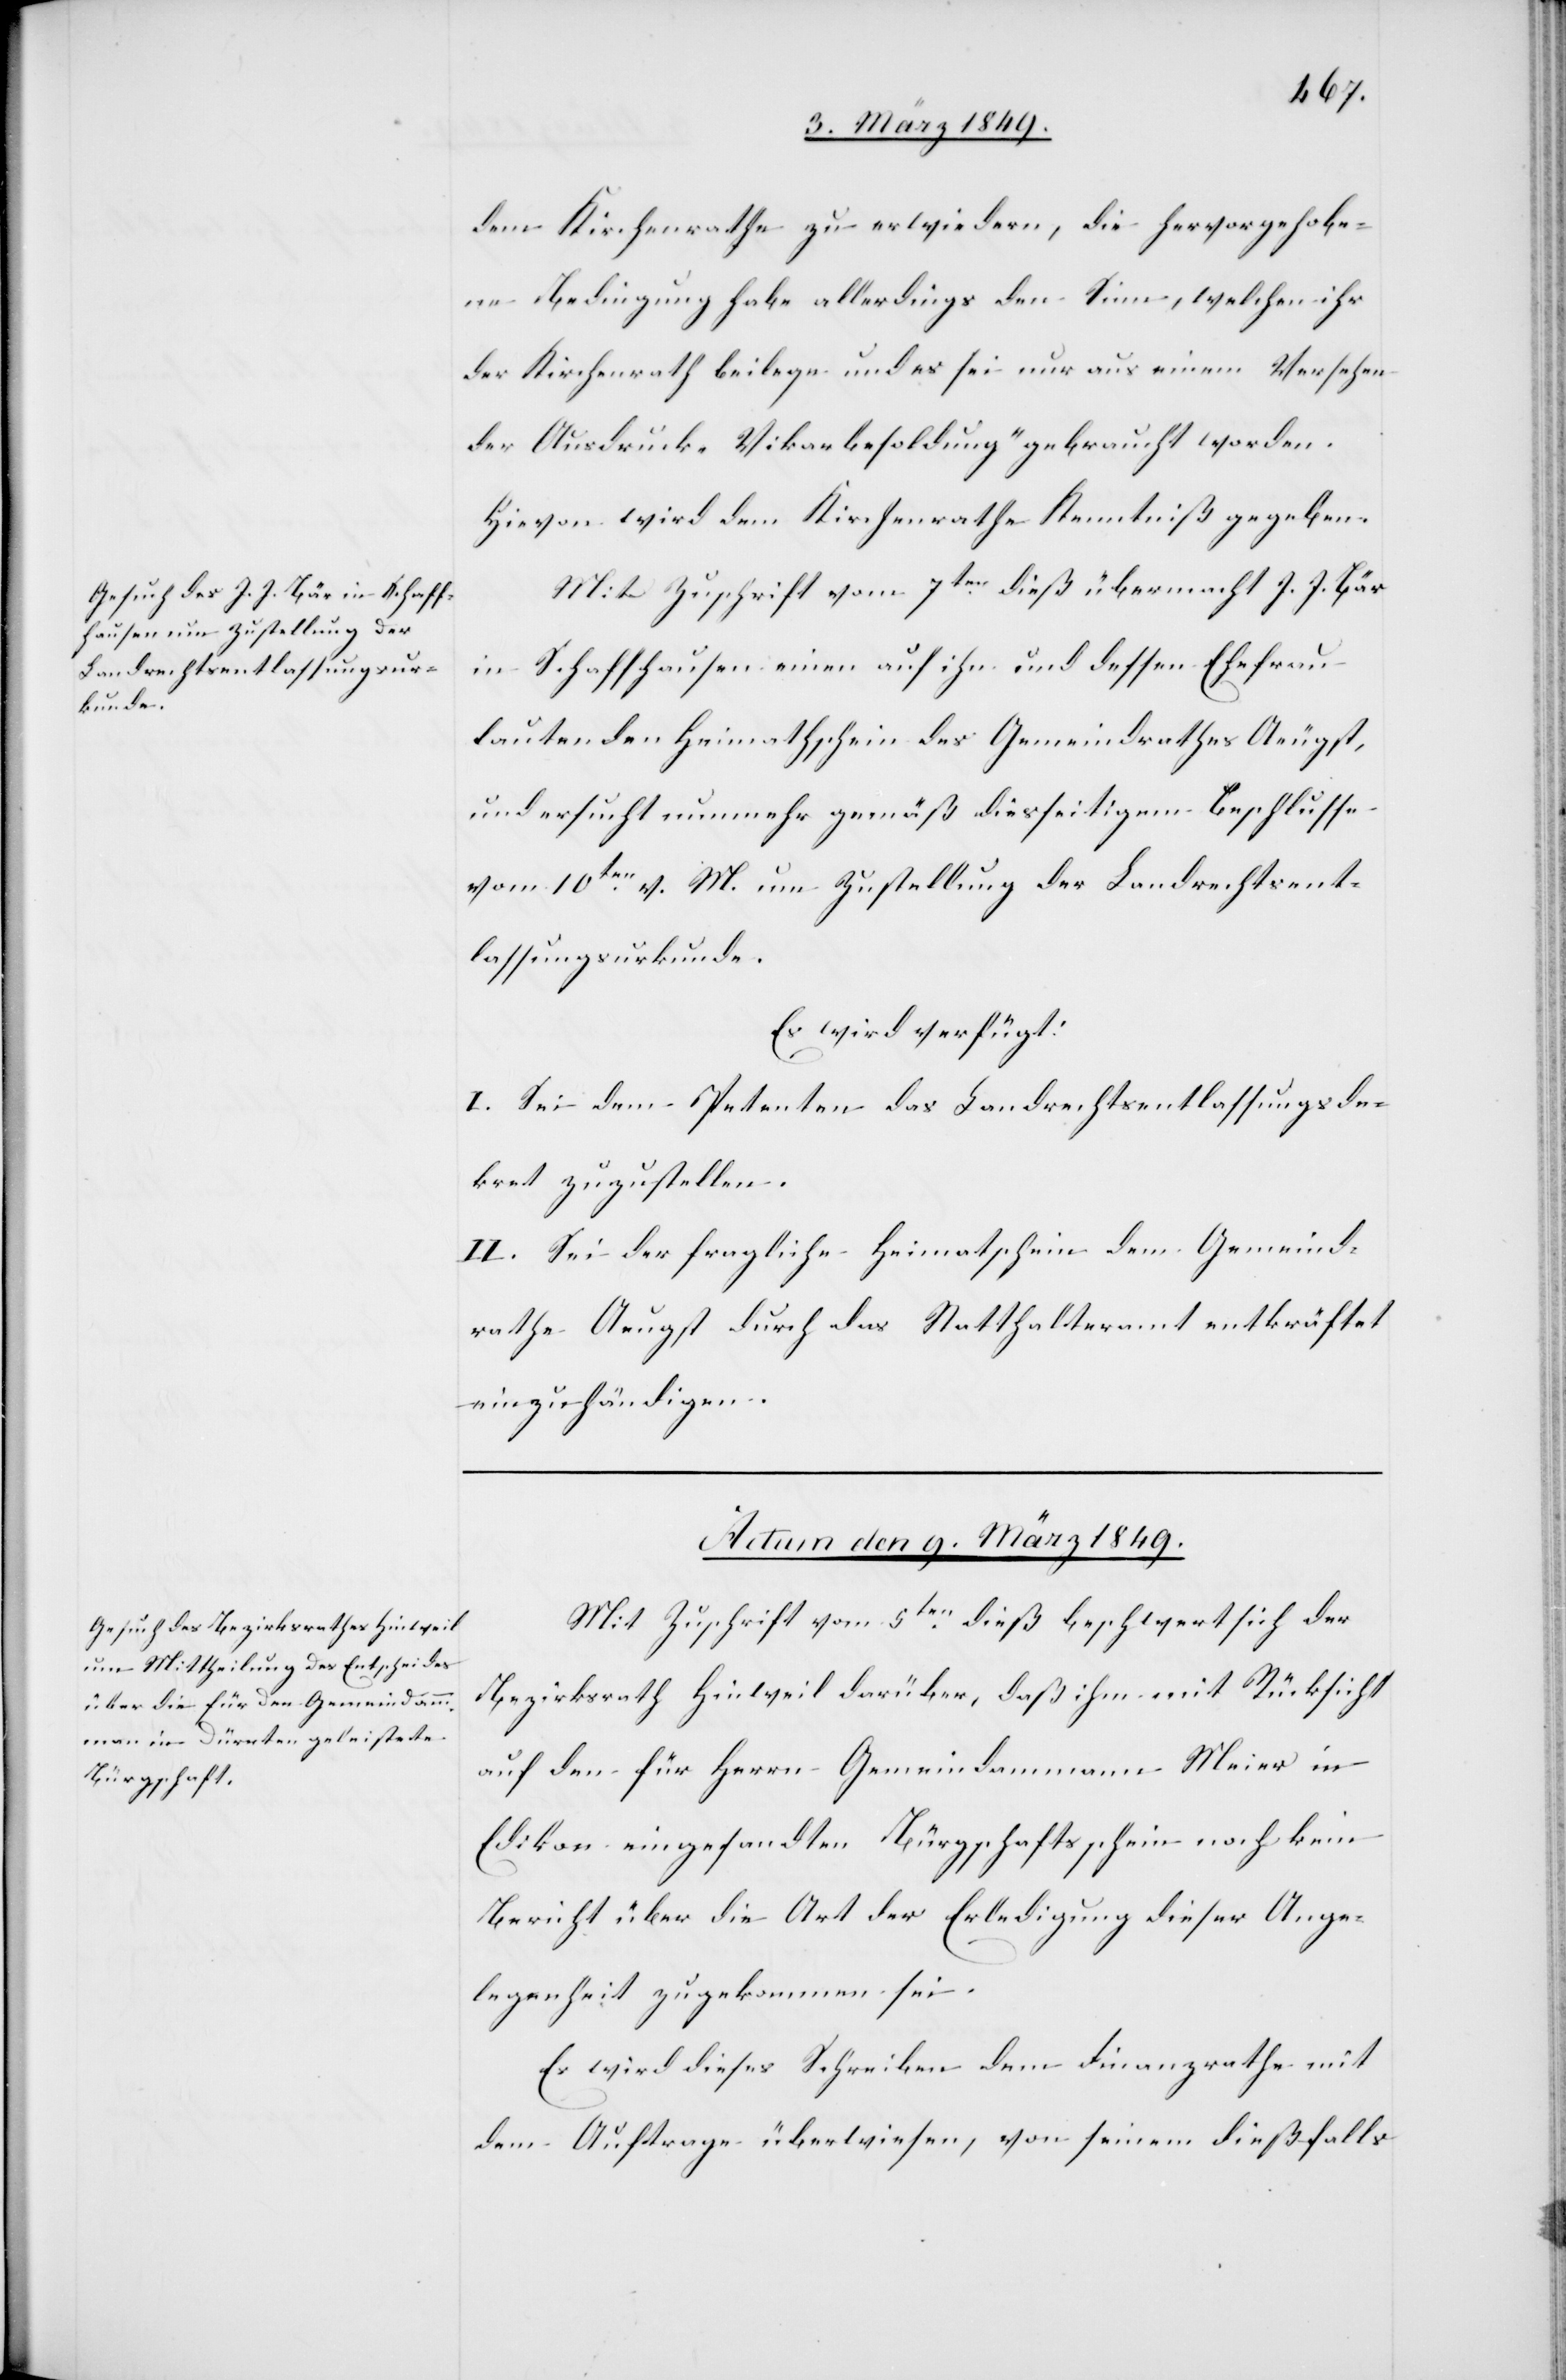
8. März 1849.]
dem Kirchenrathe zu erwiedern, die hervorgehobe¬
ne Bedingung habe allerdings den Sinn, welchen ihr
der Kirchenrath beilege und es sei nur aus einem Versehen
der Ausdruck „Vikarbesoldung“ gebraucht worden.
Hievon wird dem Kirchenrathe Kenntniß gegeben.
Mit Zuschrift vom 7ten. dieß übermacht J. J. Bär
in Schaffhausen einen auf ihn und dessen Ehefrau
lautenden Heimatschein des Gemeindrathes Aeugst,
und ersucht nunmehr gemäß diesseitigem Beschlusse
vom 10ten. v. M. um Zustellung der Landrechtsent¬
lassungsurkunde.
Es wird verfügt:
I. Sei dem Petenten das Landrechtsentlassungsde¬
kret zuzustellen.
II. Sei der fragliche Heimatschein dem Gemeind¬
rathe Aeugst durch das Statthalteramt entkräftet
einzuhändigen.
Actum den 9. März 1849.
Mit Zuschrift vom 5ten. dieß beschwert sich der
Bezirksrath Hinweil darüber, daß ihm mit Rücksicht
auf den für Herrn Gemeindammann Meier in
Edikon eingesandten Bürgschaftsschein noch kein
Bericht über die Art der Erledigung dieser Ange¬
legenheit zugekommen sei.
Es wird dieses Schreiben dem Finanzrathe mit
dem Auftrage überwiesen, von seinem dießfalls